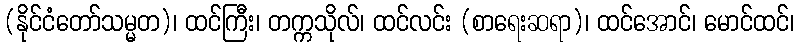
(နိုင်ငံတော်သမ္မတ)၊ ထင်ကြီး၊ တက္ကသိုလ်၊ ထင်လင်း (စာရေးဆရာ)၊ ထင်အောင်၊ မောင်ထင်၊